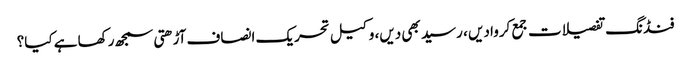
فنڈنگ تفصیلات جمع کروا دیں ، رسید بھی دیں، وکیل تحریک انصاف آڑھتی سمجھ رکھا ہے کیا؟